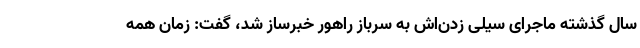
سال گذشته ماجرای سیلی زدن‌اش به سرباز راهور خبرساز شد، گفت: زمان همه